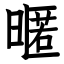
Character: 暱